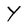
Character: Y